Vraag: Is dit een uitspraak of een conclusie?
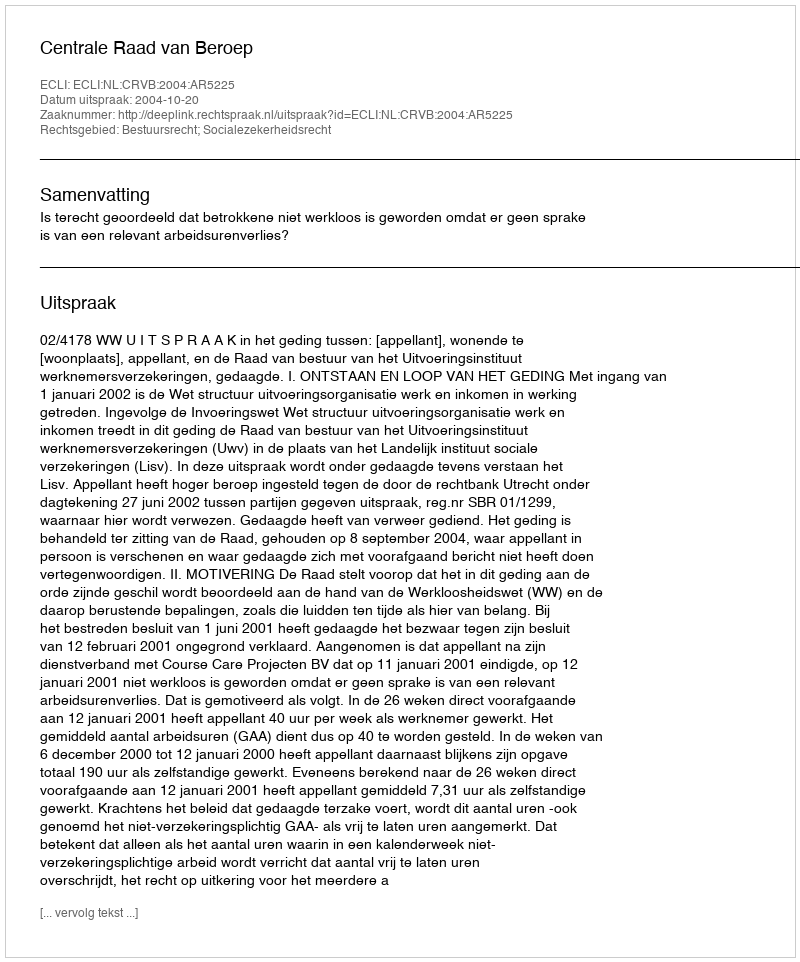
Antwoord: Uitspraak